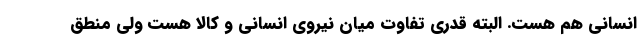
انسانی هم هست. البته قدری تفاوت میان نیروی انسانی و کالا هست ولی منطق